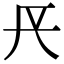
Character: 𨱘